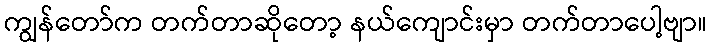
ကျွန်တော်က တက်တာဆိုတော့ နယ်ကျောင်းမှာ တက်တာပေါ့ဗျာ။